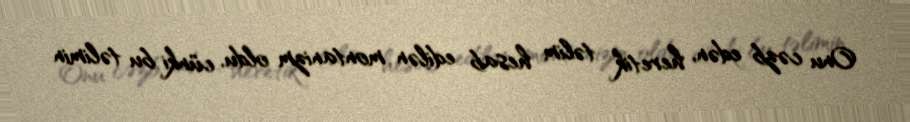
Onu cəzb edən, heretik təlim hesab edilən montanizm oldu, cünki bu təlimin